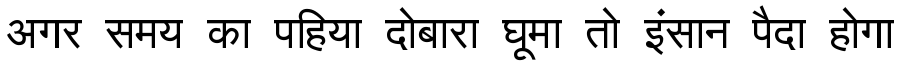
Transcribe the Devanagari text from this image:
अगर समय का पहिया दोबारा घूमा तो इंसान पैदा होगा